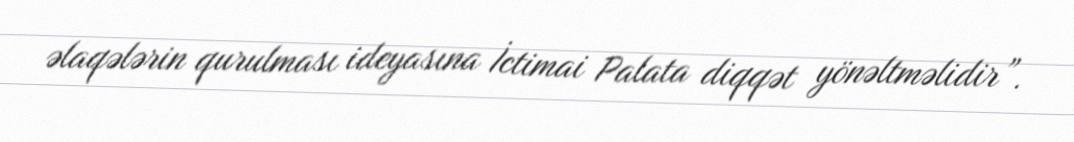
əlaqələrin qurulması ideyasına İctimai Palata diqqət yönəltməlidir”.